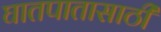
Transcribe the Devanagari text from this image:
घातपातासाठी